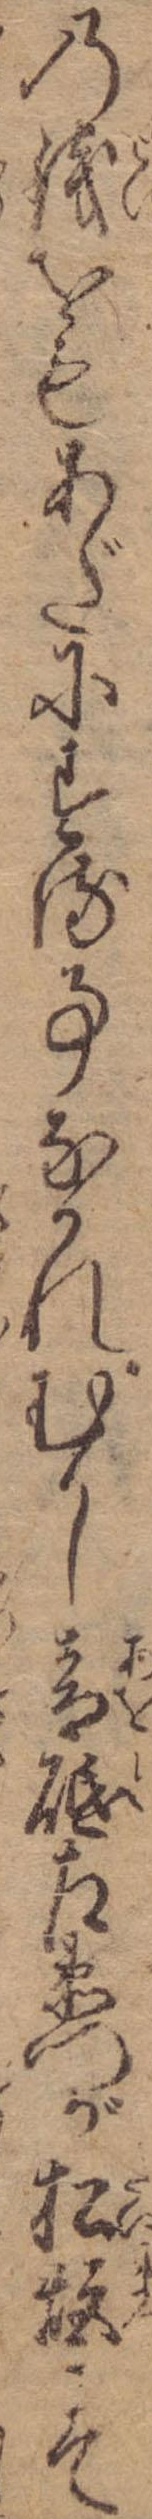
の銭をもあだにする事なかれむかし青砥左衛門が松炬にて